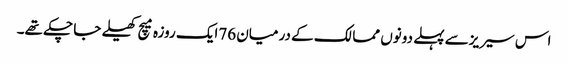
اس سیریزسے پہلے دونوں ممالک کے درمیان 76ایک روزہ میچ کھیلے جا چکے تھے۔